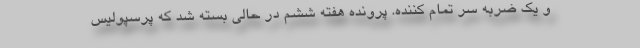
و یک ضربه سر تمام کننده. پرونده هفته ششم در حالی بسته شد که پرسپولیس